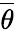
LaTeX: \overline{{\theta}}